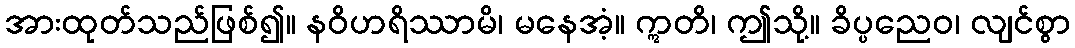
အားထုတ်သည်ဖြစ်၍။ နဝိဟရိဿာမိ၊ မနေအံ့။ ဣတိ၊ ဤသို့။ ခိပ္ပညေဝ၊ လျင်စွာ